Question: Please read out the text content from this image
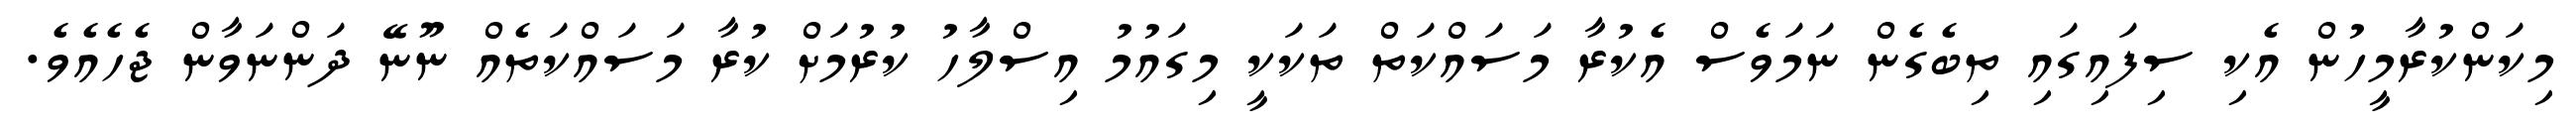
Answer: މިކަންކުރާމީހުން އެކި ސިފައިގައި ތިބެގެން ނަމަވެސް އެކުރާ މަސައްކަތް ތަކަކީ މިގައުމު އިސްލާހު ކުރުމަށް ކުރާ މަސައްކަތެއް ނޫނޭ ދަންނަވާން ޖެހެއެވެ.